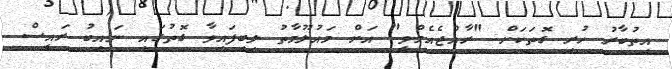
އިތުބާރު ހުރި ގޮތަކަށް "ރާއްޖެއެމްވީ" އަށް މައުލޫމާތު ލިބިފައިވާ ގޮތުގައި ނައިބު ރައީސް